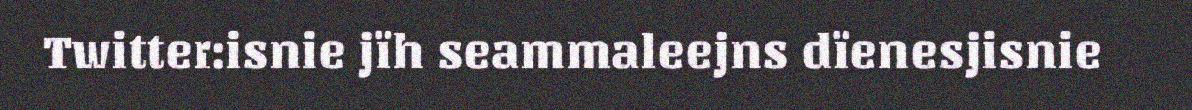
Twitter:isnie jïh seammaleejns dïenesjisnie